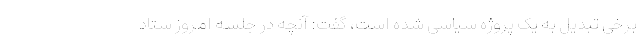
برخی تبدیل به یک پروژه سیاسی شده است، گفت: آنچه در جلسه امروز ستاد